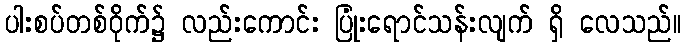
ပါးစပ်တစ်ဝိုက်၌ လည်းကောင်း ပြုံးရောင်သန်းလျက် ရှိ လေသည်။